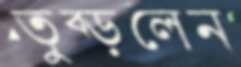
তুব্‌ড়লেন